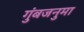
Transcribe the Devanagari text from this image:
गुंबजनुमा